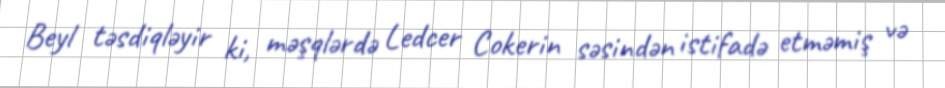
Beyl təsdiqləyir ki, məşqlərdə Ledcer Cokerin səsindən istifadə etməmiş və